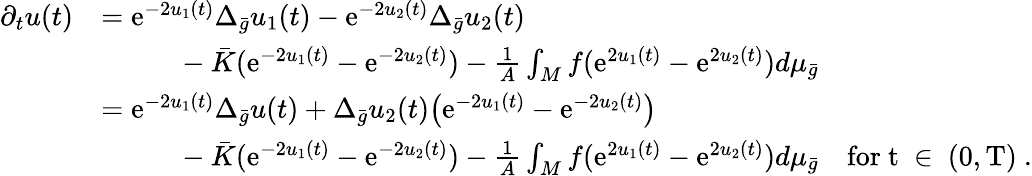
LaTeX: \begin{array}{rl}{\partial_{t}u(t)}&{=\mathrm{e}^{-2u_{1}(t)}\Delta_{\bar{g}}u_{1}(t)-\mathrm{e}^{-2u_{2}(t)}\Delta_{\bar{g}}u_{2}(t)}\\ &{\phantom{aaaaa}-\bar{K}(\mathrm{e}^{-2u_{1}(t)}-\mathrm{e}^{-2u_{2}(t)})-\frac 1A\int_{M}f(\mathrm{e}^{2u_{1}(t)}-\mathrm{e}^{2u_{2}(t)})d\mu_{\bar{g}}}\\ &{=\mathrm{e}^{-2u_{1}(t)}\Delta_{\bar{g}}u(t)+\Delta_{\bar{g}}u_{2}(t)\bigl(\mathrm{e}^{-2u_{1}(t)}-\mathrm{e}^{-2u_{2}(t)}\bigr)}\\ &{\phantom{aaaaa}-\bar{K}(\mathrm{e}^{-2u_{1}(t)}-\mathrm{e}^{-2u_{2}(t)})-\frac 1A\int_{M}f(\mathrm{e}^{2u_{1}(t)}-\mathrm{e}^{2u_{2}(t)})d\mu_{\bar{g}}\quad\mathrm{for~t~\in~(0,T)~}.}\end{array}